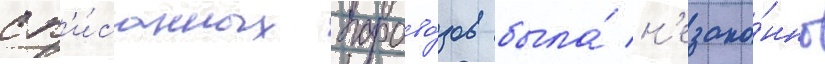
сп'и́санных парово́зов была́ н'езако́нно